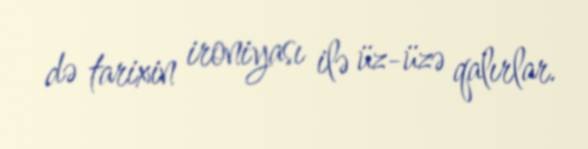
də tarixin ironiyası ilə üz-üzə qalırlar.